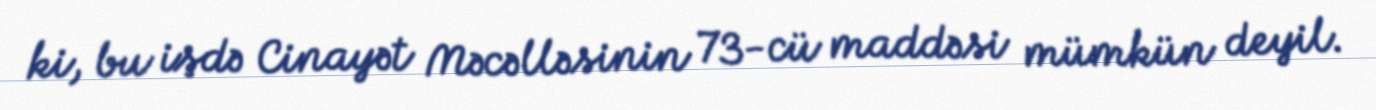
ki, bu işdə Cinayət Məcəlləsinin 73-cü maddəsi mümkün deyil.